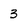
Character: 3